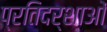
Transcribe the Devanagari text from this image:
प्रतिदर्शाओं